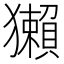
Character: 獺